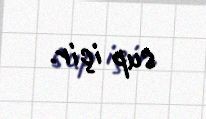
sup içir.